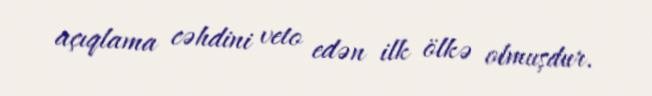
açıqlama cəhdini veto edən ilk ölkə olmuşdur.